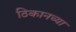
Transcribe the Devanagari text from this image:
ठिकानच्या